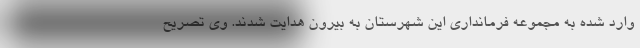
وارد شده به مجموعه فرمانداری این شهرستان به بیرون هدایت شدند. وی تصریح